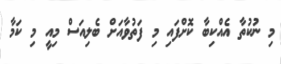
މި ނުކުތާ އެއްކިބާ ކޮށްފައި މި ފަތުވާއަށް ބެލިއަސް މިއީ މި ކަމާ